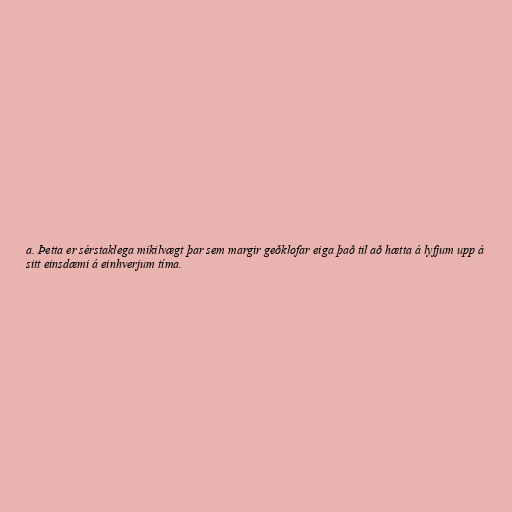
a. Þetta er sérstaklega mikilvægt þar sem margir geðklofar eiga það til að hætta á lyfjum upp á
sitt einsdæmi á einhverjum tíma.